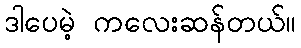
ဒါပေမဲ့ ကလေးဆန်တယ်။